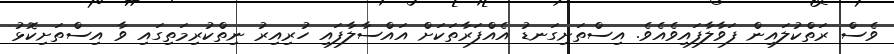
ވެސް ރަތްކުލައިން ފަވާލާފައިވެއެވެ. އިސްތަށިގަނޑު އެއްފަރާތަކަށް އައްސާލާފައި ހުރިއިރު ނިތްކުރިމަތިގައި ވާ އިސްތަށިކޮޅު